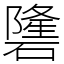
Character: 䃧